Insane asylums in Bengal annual reports 1867-1875 - 1867-1875
Year: 1867
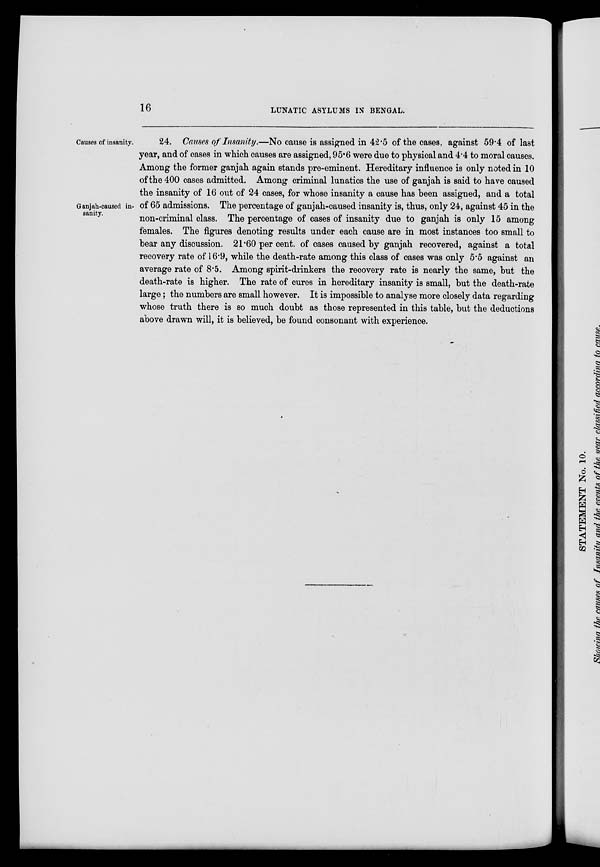
16
LUNATIC ASYLUMS IN BENGAL.
Causes of insanity.
Ganjah-caused in-
sanity.
24. Causes of Insanity.—No cause is assigned in 42.5 of the cases, against 59.4 of last
year, and of cases in which causes are assigned, 95.6 were due to physical and 4.4 to moral causes.
Among the former ganjah again stands pre-eminent. Hereditary influence is only noted in 10
of the 400 cases admitted. Among criminal lunatics the use of ganjah is said to have caused
the insanity of 16 out of 24 cases, for whose insanity a cause has been assigned, and a total
of 65 admissions. The percentage of ganjah-caused insanity is, thus, only 24, against 45 in the
non-criminal class. The percentage of cases of insanity due to ganjah is only 15 among
females. The figures denoting results under each cause are in most instances too small to
bear any discussion. 21.60 per cent. of cases caused by ganjah recovered, against a total
recovery rate of 16.9, while the death-rate among this class of cases was only 5.5 against an
average rate of 8.5. Among spirit-drinkers the recovery rate is nearly the same, but the
death-rate is higher. The rate of cures in hereditary insanity is small, but the death-rate
large; the numbers are small however. It is impossible to analyse more closely data regarding
whose truth there is so much doubt as those represented in this table, but the deductions
above drawn will, it is believed, be found consonant with experience.